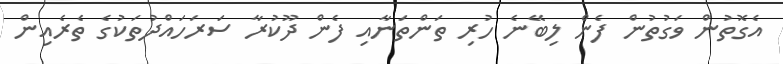
އެގޮތުން ވަގުތުން ފެން ލިބޭނެ ހުރި ތަންތަނާއި ފެން ދޫކުރާ ސަރަހައްދުތަކުގެ ތެރެއިން